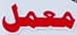
معمل